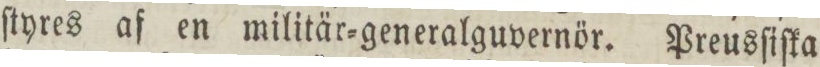
ſtyres af en militär=gereralguvernör. Preusſiſka